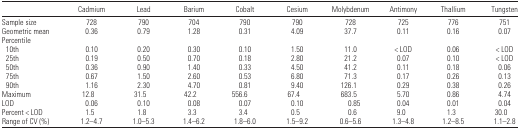
<table><thead><tr><td></td><td><b>Cadmium</b></td><td><b>Lead</b></td><td><b>Barium</b></td><td><b>Cobalt</b></td><td><b>Cesium</b></td><td><b>Molybdenum</b></td><td><b>Antimony</b></td><td><b>Thallium</b></td><td><b>Tungsten</b></td></tr></thead><tbody><tr><td>Sample size</td><td>728</td><td>790</td><td>704</td><td>790</td><td>790</td><td>728</td><td>725</td><td>776</td><td>751</td></tr><tr><td>Geometric mean</td><td>0.36</td><td>0.79</td><td>1.28</td><td>0.31</td><td>4.09</td><td>37.7</td><td>0.11</td><td>0.16</td><td>0.07</td></tr><tr><td colspan="10">Percentile</td></tr><tr><td> 10th</td><td>0.10</td><td>0.20</td><td>0.30</td><td>0.10</td><td>1.50</td><td>11.0</td><td>&lt; LOD</td><td>0.06</td><td>&lt; LOD</td></tr><tr><td> 25th</td><td>0.19</td><td>0.50</td><td>0.70</td><td>0.18</td><td>2.80</td><td>21.2</td><td>0.07</td><td>0.10</td><td>&lt; LOD</td></tr><tr><td> 50th</td><td>0.36</td><td>0.90</td><td>1.40</td><td>0.33</td><td>4.50</td><td>41.2</td><td>0.11</td><td>0.18</td><td>0.06</td></tr><tr><td> 75th</td><td>0.67</td><td>1.50</td><td>2.60</td><td>0.53</td><td>6.80</td><td>71.3</td><td>0.17</td><td>0.26</td><td>0.13</td></tr><tr><td> 90th</td><td>1.16</td><td>2.30</td><td>4.70</td><td>0.81</td><td>9.40</td><td>126.1</td><td>0.29</td><td>0.38</td><td>0.26</td></tr><tr><td>Maximum</td><td>12.8</td><td>31.5</td><td>42.2</td><td>556.6</td><td>67.4</td><td>683.5</td><td>5.70</td><td>0.86</td><td>4.74</td></tr><tr><td>LOD</td><td>0.06</td><td>0.10</td><td>0.08</td><td>0.07</td><td>0.10</td><td>0.85</td><td>0.04</td><td>0.01</td><td>0.04</td></tr><tr><td>Percent &lt; LOD</td><td>1.5</td><td>1.8</td><td>3.3</td><td>3.4</td><td>0.5</td><td>0.6</td><td>9.0</td><td>1.3</td><td>30.0</td></tr><tr><td>Range of CV (%)</td><td>1.2–4.7</td><td>1.0–5.3</td><td>1.4–6.2</td><td>1.8–6.0</td><td>1.5–9.2</td><td>0.6–5.6</td><td>1.3–4.8</td><td>1.2–8.5</td><td>1.1–2.8</td></tr></tbody></table>